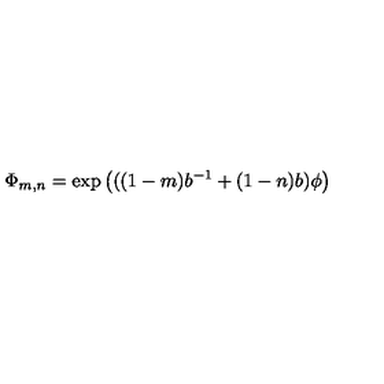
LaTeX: \Phi _ { m , n } = \exp \left( ( ( 1 - m ) b ^ { - 1 } + ( 1 - n ) b ) \phi \right)